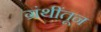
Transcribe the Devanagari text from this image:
ग्रंथींतून